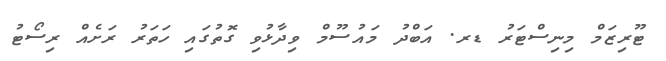
ޓޫރިޒަމް މިިނިސްޓަރު ޑރ. އަބްދު މައުސޫމް ވިދާޅުވި ގޮތުގައި ހަތަރު ރަށެއް ރިސޯޓު